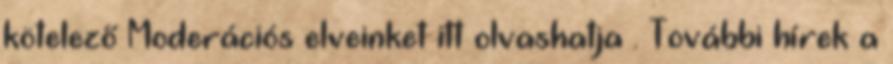
kötelező Moderációs elveinket itt olvashatja . További hírek a